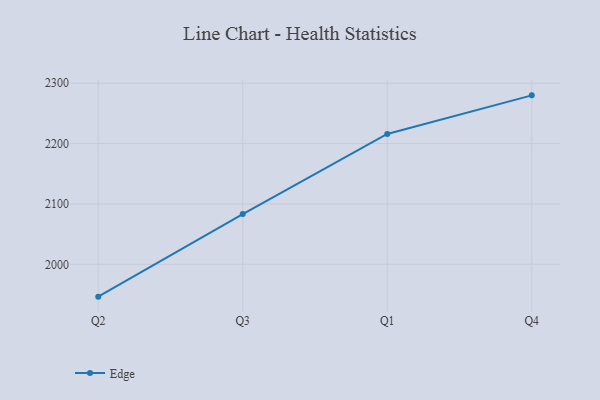
{"axis": {"x": "Quarter", "y": "Churn Rate (%)"}, "legend": ["Edge"], "data": [{"x": "Q2", "y": 1946.5, "type": "Edge"}, {"x": "Q3", "y": 2083.2, "type": "Edge"}, {"x": "Q1", "y": 2216.0, "type": "Edge"}, {"x": "Q4", "y": 2279.9, "type": "Edge"}]}